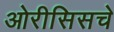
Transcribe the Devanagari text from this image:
ओरीसिसचे